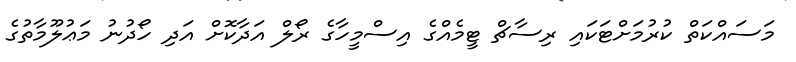
މަސައްކަތް ކުރުމަށްޓަކައި ރިސާޗް ޓީމެއްގެ އިސްމީހާގެ ރޯލް އަދާކޮށް އަދި ހޯދުނު މަޢުލޫމާތުގެ